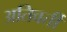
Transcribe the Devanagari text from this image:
अतिवर्ती